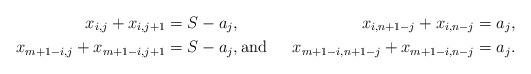
LaTeX: \begin{align*} x_{i,j} + x_{i,j+1} &= S- a_j, &x_{i,n+1-j} + x_{i,n-j} &= a_j, \\ x_{m+1-i,j} + x_{m+1-i,j+1} &= S-a_j, \mbox{and } &x_{m+1-i,n+1-j} + x_{m+1-i,n-j} &= a_j. \end{align*}